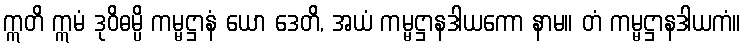
ဣတိ ဣမံ ဒုဝိဓမ္ပိ ကမ္မဋ္ဌာနံ ယော ဒေတိ, အယံ ကမ္မဋ္ဌာနဒါယကော နာမ။ တံ ကမ္မဋ္ဌာနဒါယကံ။